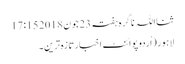
ثنااللہ ناگرہ ہفتہ 23 جون 2018 17:15
لاہور(اُردوپوائنٹ اخبارتازہ ترین۔